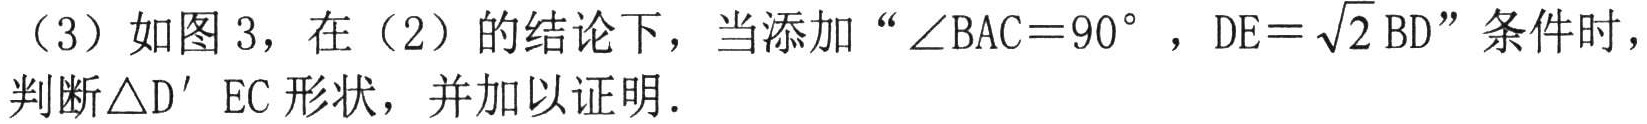
（3）如图 3，在（2）的结论下，当添加“\(\angle BAC = 90^{\circ}\)，\(DE = \sqrt{2}BD\)”条件时，判断\(\triangle D^{\prime}EC\)形状，并加以证明.